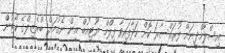
އިސްލާމްދީނަށް ފުރައްސާރަ ކޮށް ހަދާފައިވާ ފިލްމް ޔޫޓިއުބް އިން ނެގުމަށް ބްރެޒިލްގެ ކޯޓުން